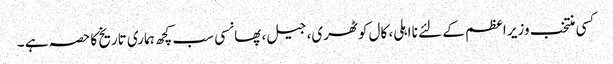
کسی منتخب وزیر اعظم کے لئے نا اہلی، کال کوٹھری، جیل، پھانسی سب کچھ ہماری تاریخ کا حصہ ہے ۔